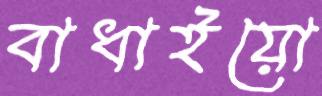
বাধাইয়ো